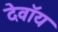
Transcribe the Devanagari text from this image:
देवॉय